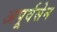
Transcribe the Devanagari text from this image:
अपूर्वसेन